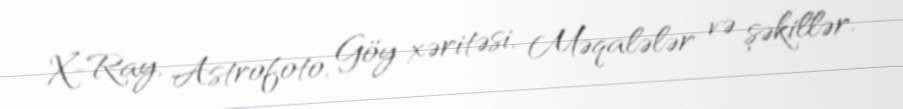
X-Ray, Astrofoto, Göy xəritəsi, Məqalələr və şəkillər.